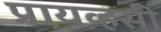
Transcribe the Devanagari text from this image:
प्रायव्हसी